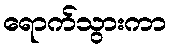
ရောက်သွားကာ